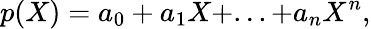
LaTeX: p(X)=a_{0}+a_{1}X+...+a_{n}X^{n},